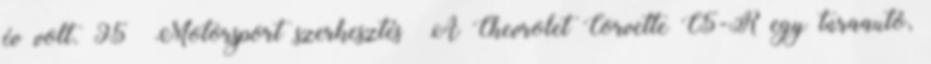
év volt. 95 Motorsport szerkesztés A Chevrolet Corvette C5-R egy túraautó,